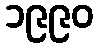
၁၉၉၀